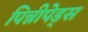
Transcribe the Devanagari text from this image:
पिन्नीपेड्स